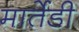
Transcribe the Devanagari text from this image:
मार्तेडी